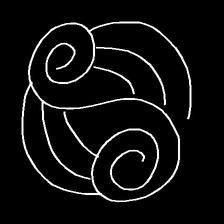
Glyph: wind-underfoot